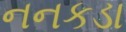
નનકડા